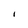
Character: I